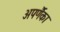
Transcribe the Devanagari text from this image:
अपर्णैका